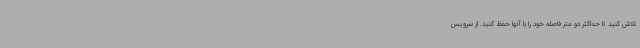
تلاش کنید تا حداکثر دو متر فاصله خود را با آنها حفظ کنید. از سرویس